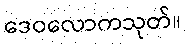
ဒေဝလောကသုတ်။